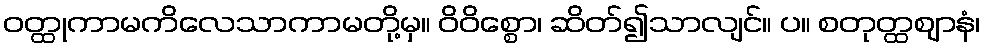
ဝတ္ထုကာမကိလေသာကာမတို့မှ။ ဝိဝိစ္စော၊ ဆိတ်၍သာလျင်။ ပ။ စတုတ္ထဈာနံ၊